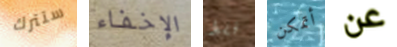
ستترك الإخفاء فقط أتمكن عن